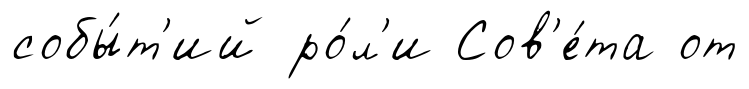
собы́т'ий ро́л'и Сов'е́та от